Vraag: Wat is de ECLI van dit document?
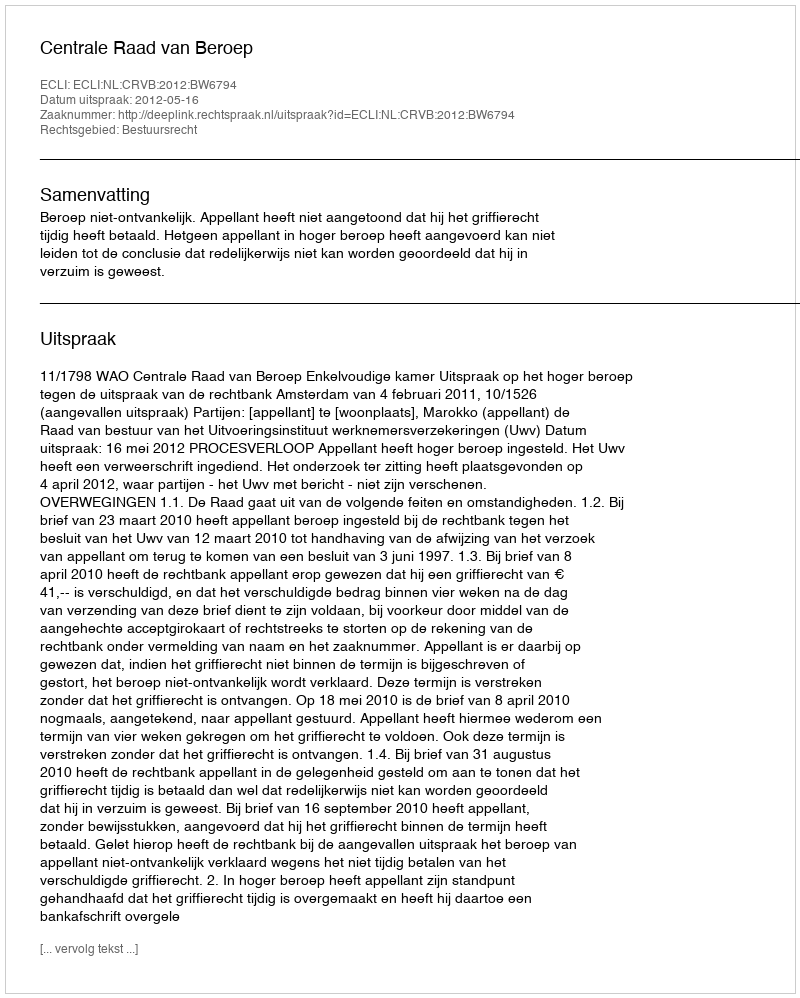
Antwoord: ECLI:NL:CRVB:2012:BW6794